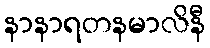
နာနာရတနမာလိနီ